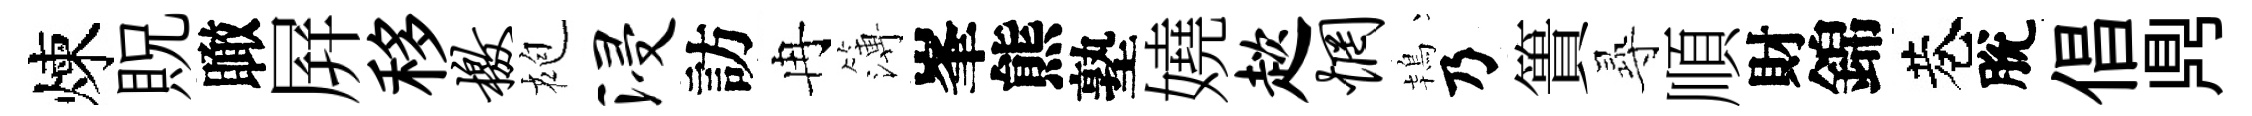
煉貺瞰屛移檄袍浸訪冉簿峯熊塾嬈趑惘鴇乃簣𡬶順財錦巷脫倡𪔂